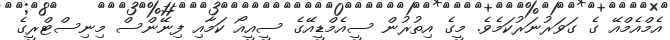
އެމްއެމްއޭ ގެ ގަވަރުނަރުކަމެވެ. މީގެ އިތުރުން ސީއެމްޑީއޭގެ ސީއީއޯ ކަމާއި ފިނޭންސް މިނިސްޓްރީގެ